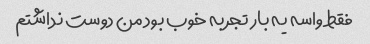
فقط واسه یه بار تجربه خوب بود من دوست نداشتم